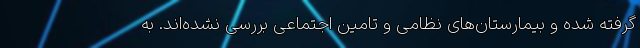
گرفته شده و بیمارستان‌های نظامی و تامین اجتماعی بررسی نشده‌اند. به